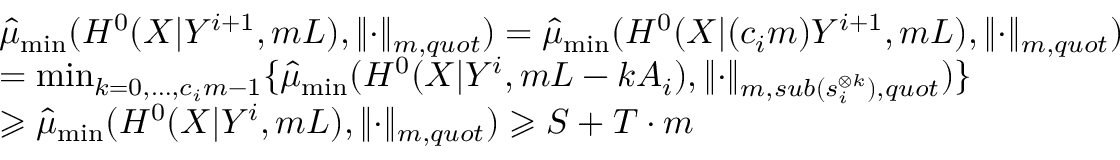
\begin{array} { r l } & { \widehat { \mu } _ { \operatorname* { m i n } } ( H ^ { 0 } ( X | Y ^ { i + 1 } , m L ) , \lVert \cdot \rVert _ { m , q u o t } ) = \widehat { \mu } _ { \operatorname* { m i n } } ( H ^ { 0 } ( X | ( c _ { i } m ) Y ^ { i + 1 } , m L ) , \lVert \cdot \rVert _ { m , q u o t } ) } \\ & { = \operatorname* { m i n } _ { k = 0 , \dots , c _ { i } m - 1 } \{ \widehat { \mu } _ { \operatorname* { m i n } } ( H ^ { 0 } ( X | Y ^ { i } , m L - k A _ { i } ) , \lVert \cdot \rVert _ { m , s u b ( s _ { i } ^ { \otimes k } ) , q u o t } ) \} } \\ & { \geqslant \widehat { \mu } _ { \operatorname* { m i n } } ( H ^ { 0 } ( X | Y ^ { i } , m L ) , \lVert \cdot \rVert _ { m , q u o t } ) \geqslant S + T \cdot m } \end{array}